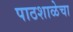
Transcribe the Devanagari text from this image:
पाठशाळेचा